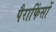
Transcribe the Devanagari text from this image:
पैराफिंसों